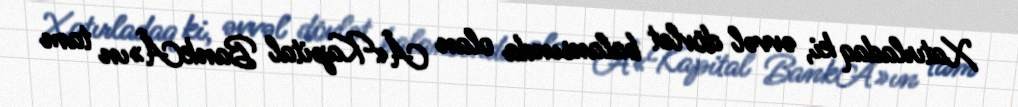
Xatırladaq ki, əvvəl dövlət balansında olan Â«Kapital BankÂ»ın tam